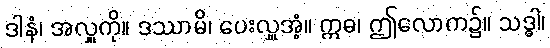
ဒါနံ၊ အလှူကို။ ဒဿာမိ၊ ပေးလှူအံ့။ ဣဓ၊ ဤလောက၌။ သဒ္ဓါ၊